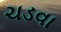
ચડવા